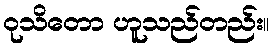
ဝုသိတော ဟူသည်တည်း။